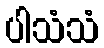
ပါသံသံ